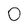
Character: 0